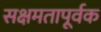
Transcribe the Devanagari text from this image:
सक्षमतापूर्वक